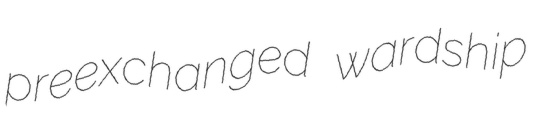
preexchanged wardship